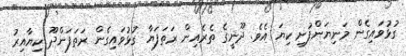
ގުޅުވައިގެން މަނިޔަންފުށި ކިޔަ އެވެ. ދޫނީގެ ތެރެއިން ރަތަފަޔާ ގުޅުވައިގެން ރަތަފަންދޫ ކިޔާއިރު